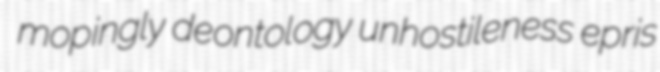
mopingly deontology unhostileness epris